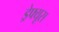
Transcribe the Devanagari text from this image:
ड्रेफ्यूस